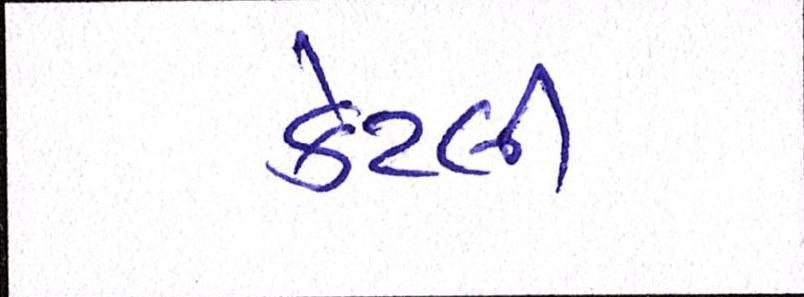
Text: કેટલી